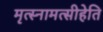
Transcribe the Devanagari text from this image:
मृत्स्नामत्सीहेति